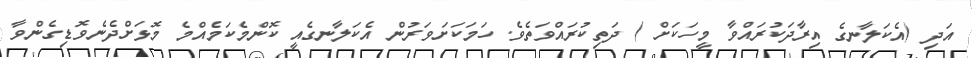
އަދި (އެކަލާނގެ އިރާދަކުރައްވާ މީހަކަށް ) ދަތިކުރައްވަތެވެ. ހަމަކަށަވަރުން އެކަލާނގެއީ ކޮންމެކަމެއްމެ މޮޅަށްދެނެވޮޑިގެންވާ